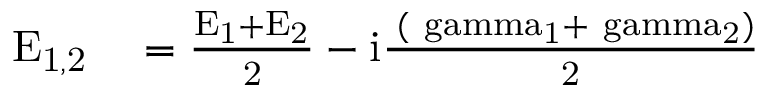
\begin{array} { r l } { \mathrm { E _ { 1 , 2 } } } & { { } = \mathrm { \frac { E _ { 1 } + E _ { 2 } } { 2 } - i \frac { \hbar { ( \ g a m m a _ { 1 } + \ g a m m a _ { 2 } ) } } { 2 } } } \end{array}